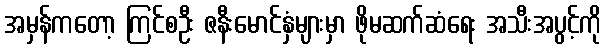
အမှန်ကတော့ ကြင်စဦး ဇနီးမောင်နှံများမှာ ဖိုမဆက်ဆံရေး အသီးအပွင့်ကို